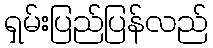
ရှမ်းပြည်ပြန်လည်